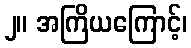
၂။ အကြိယကြောင့်၊